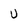
Character: u